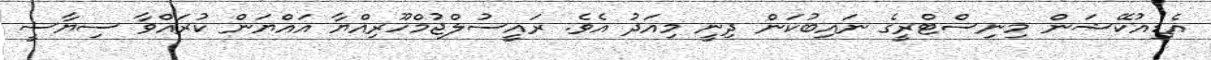
އެޑިއުކޭޝަން މިނިސްޓްރީގެ ނައިބުކަން ދިނީ މިއަދު އެވެ. ރައީސުލްޖުމްހޫރިއްޔާ އައްޔަން ކުރައްވާ ސިޔާސީ